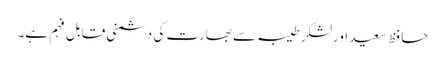
حافظ سعید اورلشکر طیبہ سے بھارت کی دشمنی قابل فہم ہے۔